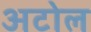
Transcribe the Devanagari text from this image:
अटोल